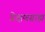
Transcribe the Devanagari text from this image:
प्रेक्षणग्राह्य